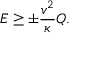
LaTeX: E \ge \pm \frac { v ^ { 2 } } { \kappa } Q .